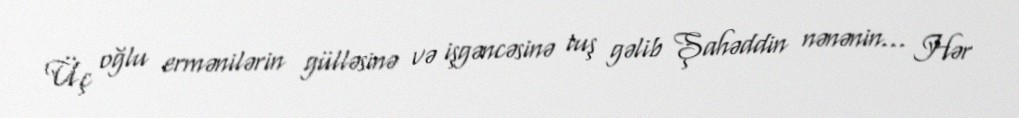
Üç oğlu ermənilərin gülləsinə və işgəncəsinə tuş gəlib Şahəddin nənənin... Hər